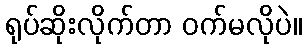
ရုပ်ဆိုးလိုက်တာ ဝက်မလိုပဲ။